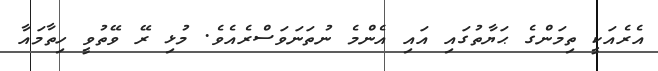
އެރެއަކީ ތިމަންގެ ޙަޔާތުގައި އައި އެންމެ ނުތަނަވަސްރެއެވެ. މުޅި ރޭ ވޭތުވީ ހިތާމައާ